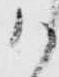
か